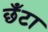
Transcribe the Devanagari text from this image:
छँटा